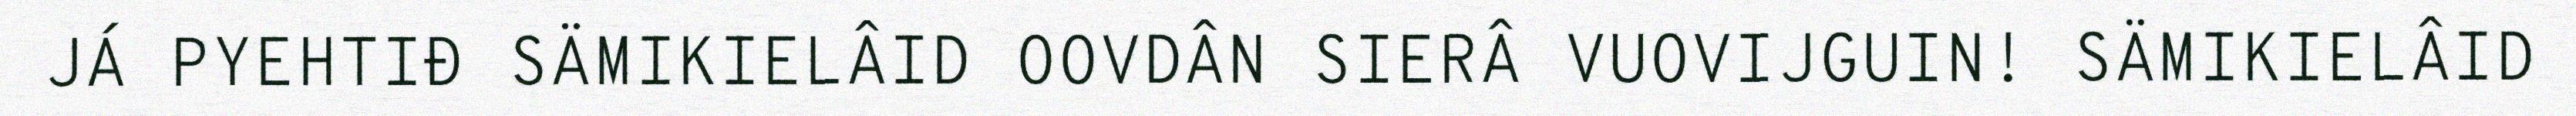
JÁ PYEHTIĐ SÄMIKIELÂID OOVDÂN SIERÂ VUOVIJGUIN! SÄMIKIELÂID